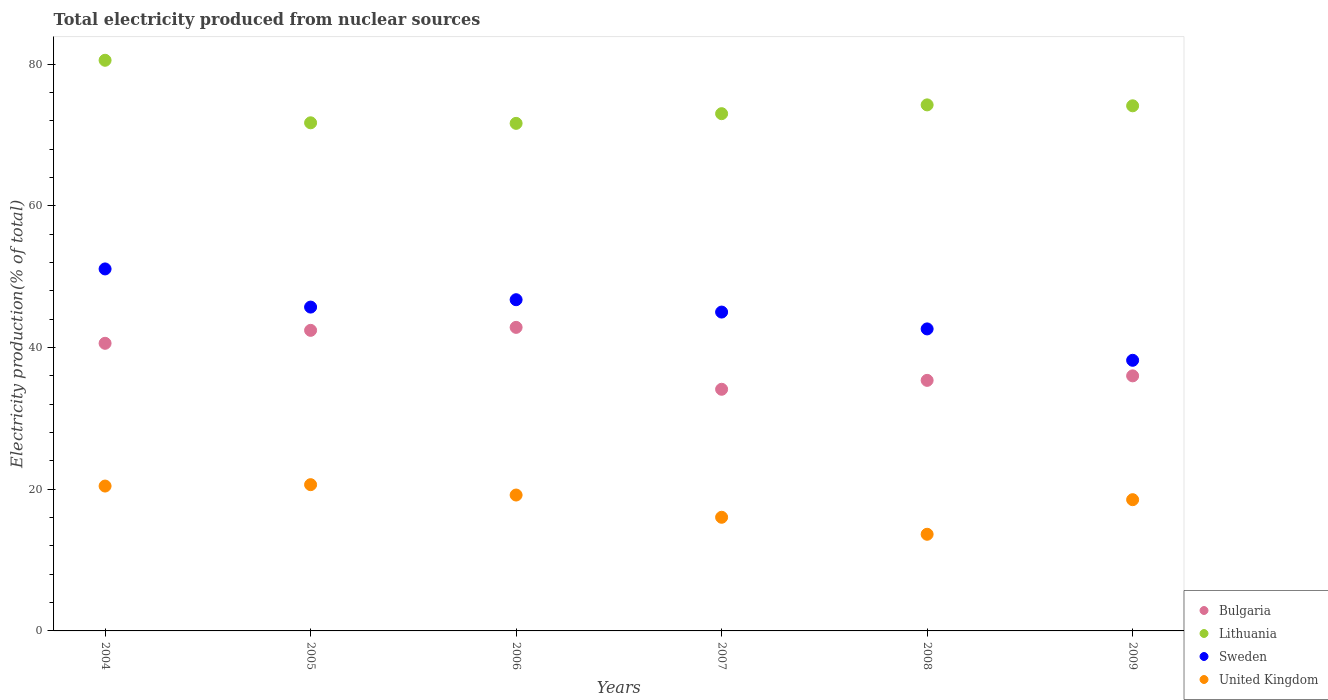
| Years | Bulgaria | Lithuania | Sweden | United Kingdom |
 | --- | --- | --- | --- | --- |
 | 2004 | 40.6 | 80.5 | 51.1 | 20.4 |
 | 2005 | 42.4 | 71.7 | 45.7 | 20.6 |
 | 2006 | 42.8 | 71.6 | 46.7 | 19.2 |
 | 2007 | 34.1 | 73 | 45 | 16 |
 | 2008 | 35.4 | 74.2 | 42.6 | 13.6 |
 | 2009 | 36 | 74.1 | 38.2 | 18.5 |